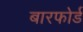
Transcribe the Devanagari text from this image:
बारफोर्ड